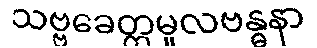
သဗ္ဗခေတ္တမူလဗန္ဓနာ